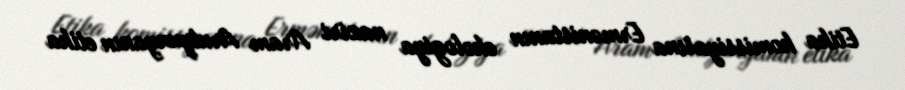
Etika komissiyasına Ermənistanın ekologiya naziri Aram Arutyunyanın etika